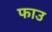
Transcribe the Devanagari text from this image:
फाउ